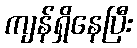
ကျန်ရှိနေပြီး